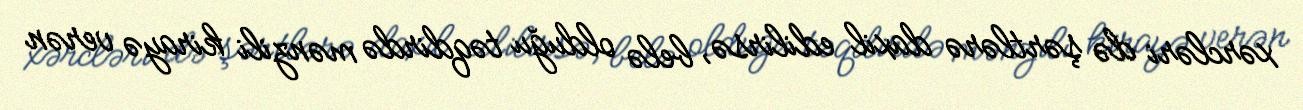
xərcləri də şərtlərə daxil edilirsə, belə olduğu təqdirdə mənzili kirayə verən